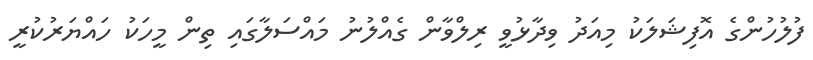
ފުލުހުންގެ އޮފިޝަލަކު މިއަދު ވިދާޅުވީ ރިލްވާން ގެއްލުނު މައްސަލާގައި ތިން މީހަކު ހައްޔަރުކުރީ